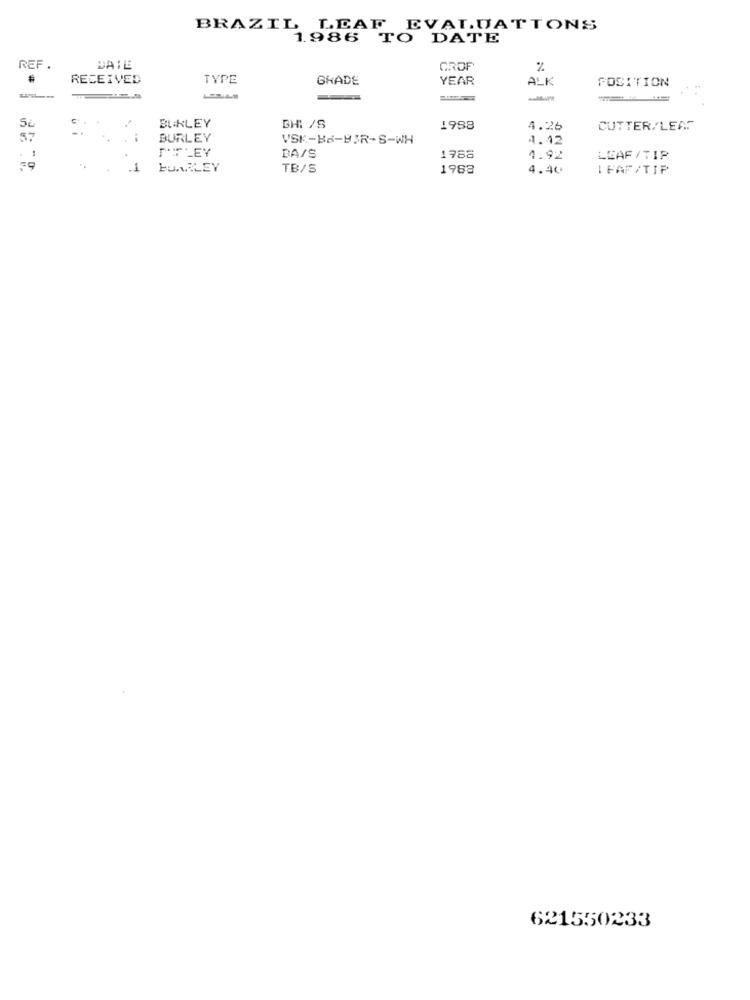
BRAZIL LEAF EVALUATTONS
1.986 TO DATE
REF .
DATE
GROF
%
.
RECEIVED
TYPE
GRADE
YEAR
ALK
POSITION
-
BURLEY
BHI /S
1988
4.26
CUTTER/LEAF
57
BURLEY
VSK-BS-BIR-S-WH
4.42
ITLEY
BA/S
1988
4.92
LEAF/TIP
=9
.1
LUARLEY
TB/S
1988
4.40
IFAF /TIP
621550233